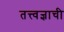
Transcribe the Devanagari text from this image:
तत्त्वज्ञाची